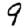
Digit: 9